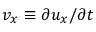
v _ { x } \equiv \partial u _ { x } / \partial t